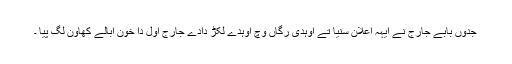
جدوں بابے جارج نے ایہہ اعلان سنیا تے اوہدی رگاں وچ اوہدے لکڑ دادے جارج اول دا خون ابالے کھاون لگ پیا ۔